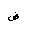
Letter: _dad